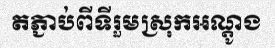
តភ្ជាប់ពីទីរួមស្រុកអណ្តូង